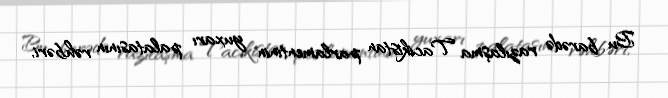
Bu barədə razılaşma Tacikistan parlamentinin yuxarı palatasının rəhbəri,